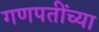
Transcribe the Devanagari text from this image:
गणपतींच्या